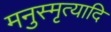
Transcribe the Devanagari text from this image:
मनुस्मृत्यादि